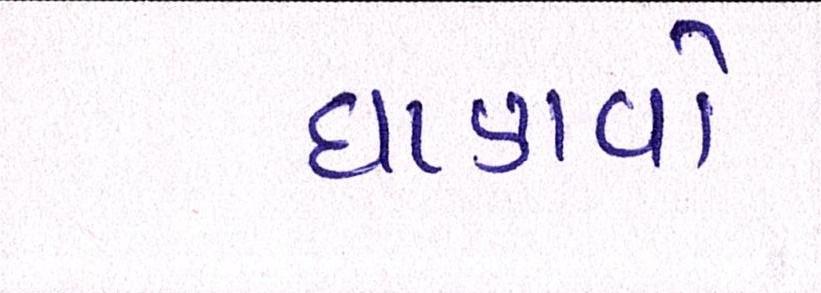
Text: ઘાણવો